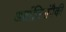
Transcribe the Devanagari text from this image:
अर्वाचिनांपैकी